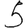
Digit: 5